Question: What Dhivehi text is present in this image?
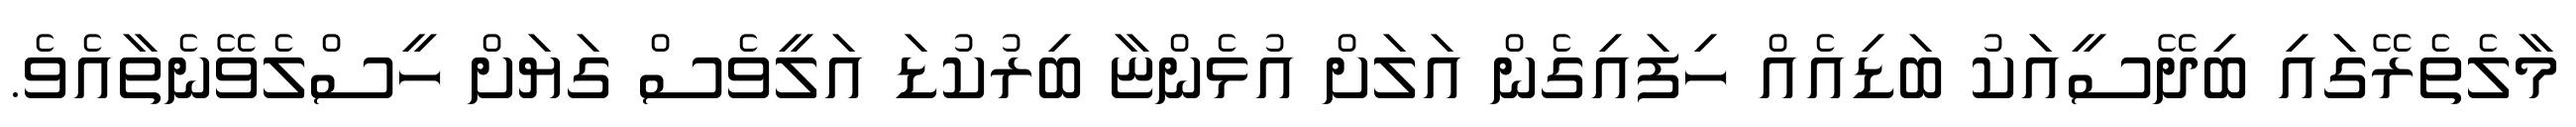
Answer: މާލެތެރޭގައި ބިދޭސީއަކު ބަޑިއެއް ހިފައިގެން އަލަށް އުޅެންޏާ ބިރުކުޑަ އަލީވެސް ގަޔަށް ހީސްލެވޭނެތާއެވެ.